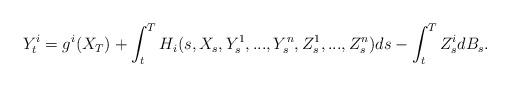
LaTeX: \begin{align*}Y_t^i=g^i(X_T)+\int_t^TH_i(s, X_s, Y_s^1,...,Y_s^n,Z_s^1,...,Z_s^n)ds-\int_t^T Z_s^idB_s.\end{align*}